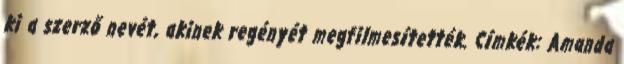
ki a szerző nevét, akinek regényét megfilmesítették. Címkék: Amanda